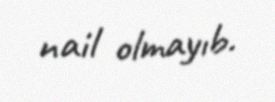
nail olmayıb.